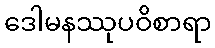
ဒေါမနဿုပဝိစာရာ